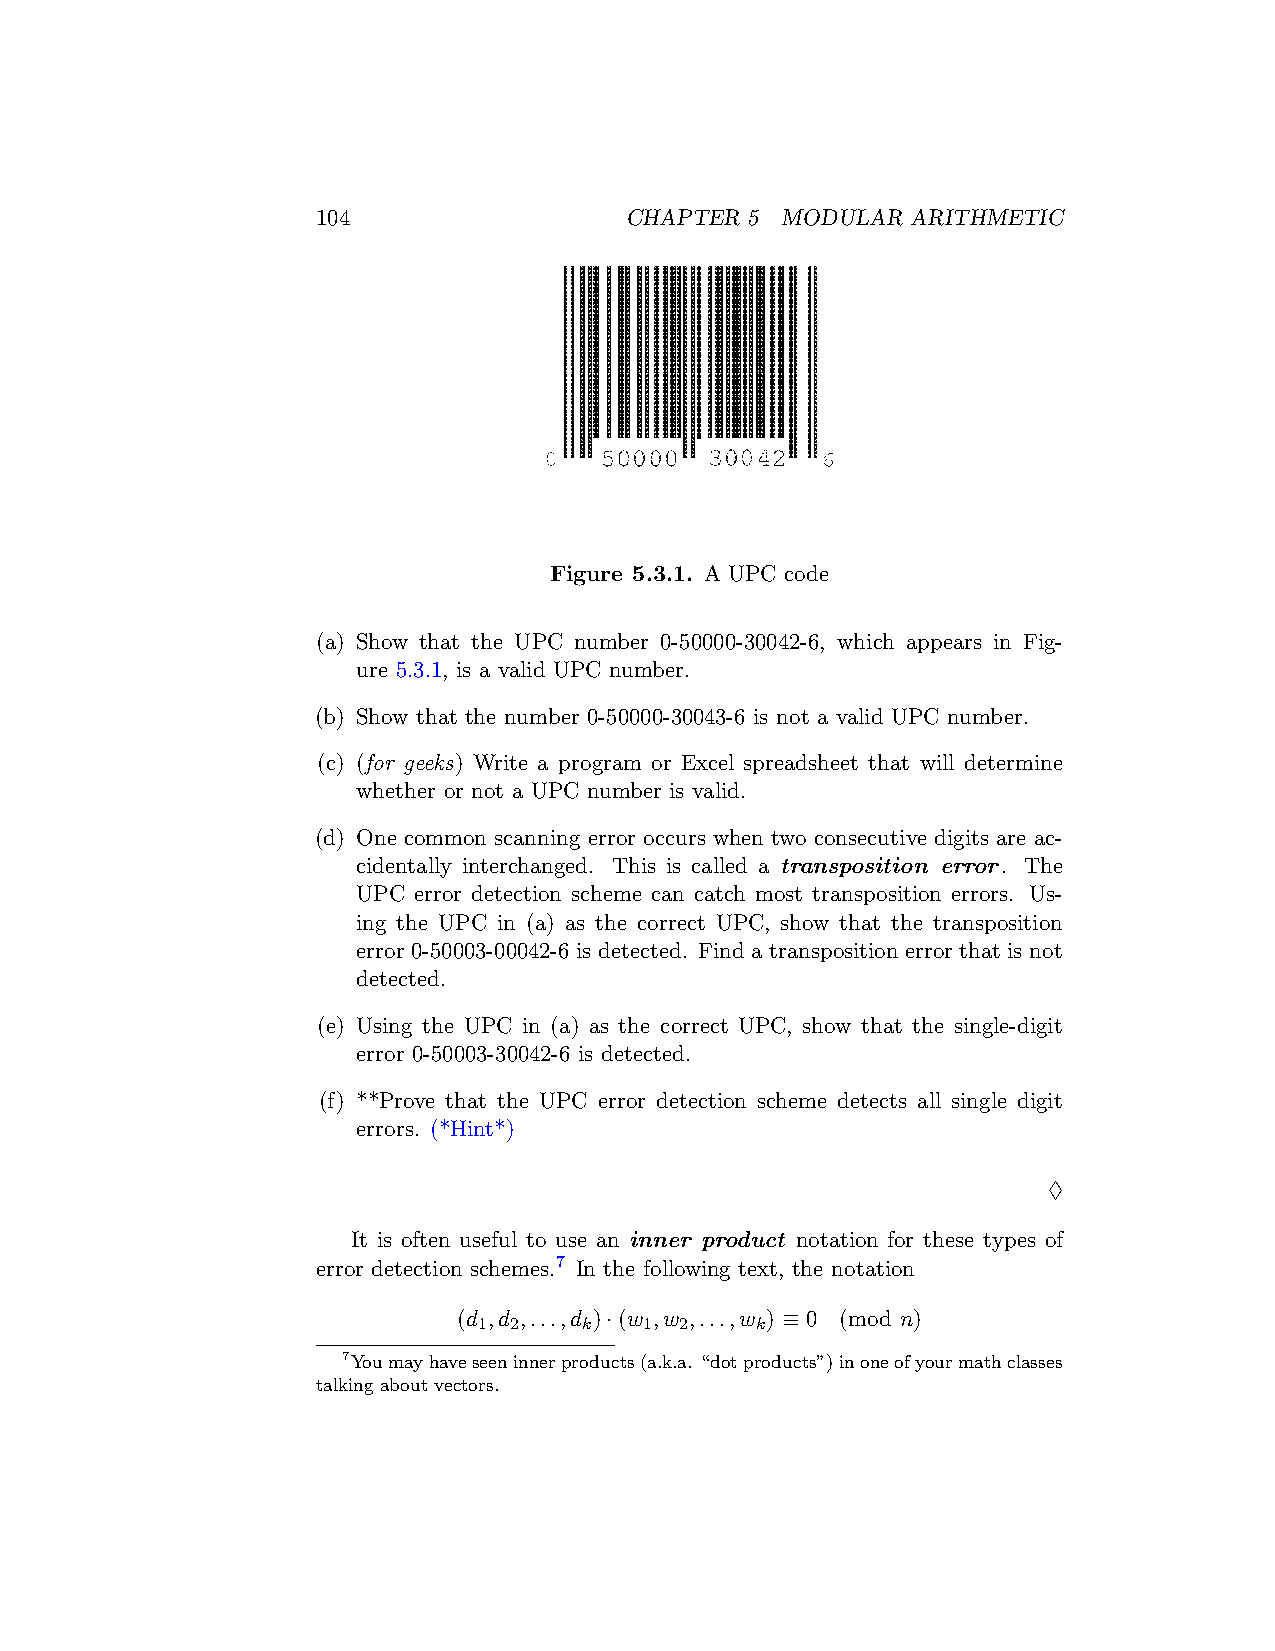
104                 CHAPTER  5 MODULAR ARITHMETIC
 Figure 5.3.1. A UPC code
 (a) Show that the UPC number 0-50000-30042-6, which appears in Fig-
 ure 5.3.1, is a valid UPC number.
 (b) Show that the number 0-50000-30043-6 is not a valid UPC number.
 (c) (for geeks) Write a program or Excel spreadsheet that will determine
 whether or not a UPC number is valid.
 (d) One common scanning error occurs when two consecutive digits are ac-
 cidentally interchanged. This is called a transposition error. The
 UPC error detection scheme can catch most transposition errors. Us-
 ing the UPC in (a) as the correct UPC, show that the transposition
 error 0-50003-00042-6 is detected. Find a transposition error that is not
 detected.
 (e) Using the UPC in (a) as the correct UPC, show that the single-digit
 error 0-50003-30042-6 is detected.
 (f) **Prove that the UPC error detection scheme detects all single digit
 errors. (*Hint*)
 ♢
 It is often useful to use an inner product notation for these types of
 error detection schemes.7 In the following text, the notation
 (d ,d ,...,d )·(w ,w ,...,w ) ≡ 0 (mod n)
 1 2    k   1 2    k
 7Youmayhaveseeninnerproducts(a.k.a. “dotproducts”)inoneofyourmathclasses
 talking about vectors.